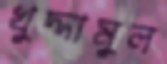
খুদ্দামুল